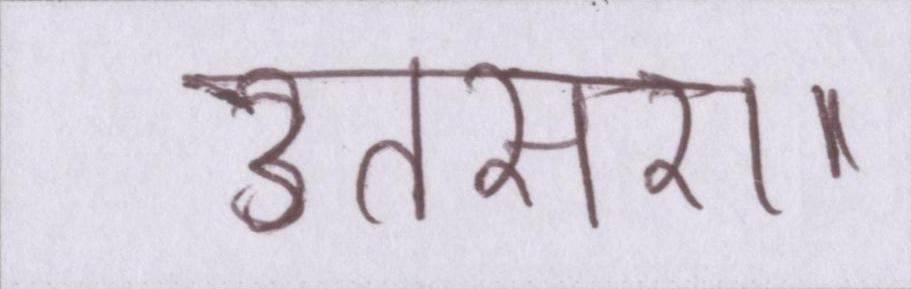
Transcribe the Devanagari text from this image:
उतसरा।